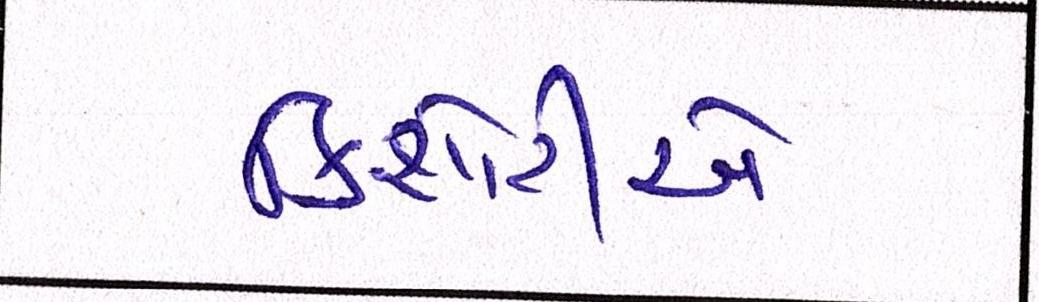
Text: કિશોરીએ